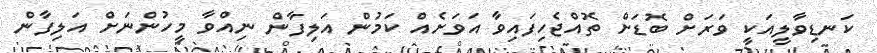
ކަނޑިވާލީއަކީ ވަރަށް ބޮޑަށް ތޮއްޖެހިފައިވާ އަވަށެއް ކަމުން އަލިފާން ނިއްވާ މީހުންނަށް އަލިފާން